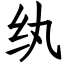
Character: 纨